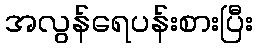
အလွန်ရေပန်းစားပြီး